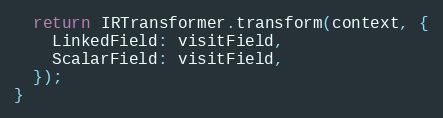
Language: JavaScript
  return IRTransformer.transform(context, {
    LinkedField: visitField,
    ScalarField: visitField,
  });
}